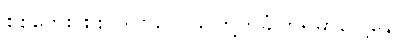
စစ်ဘေး စစ် ဒဏ်တွေသူတို့ကခံကြရမှာပေါ့နော်။